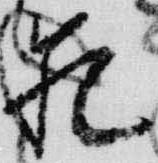
範